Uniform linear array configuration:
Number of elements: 24
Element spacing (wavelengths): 0.25
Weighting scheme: hann
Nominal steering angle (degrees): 15
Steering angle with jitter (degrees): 15.306
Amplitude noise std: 0.05
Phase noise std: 0.05

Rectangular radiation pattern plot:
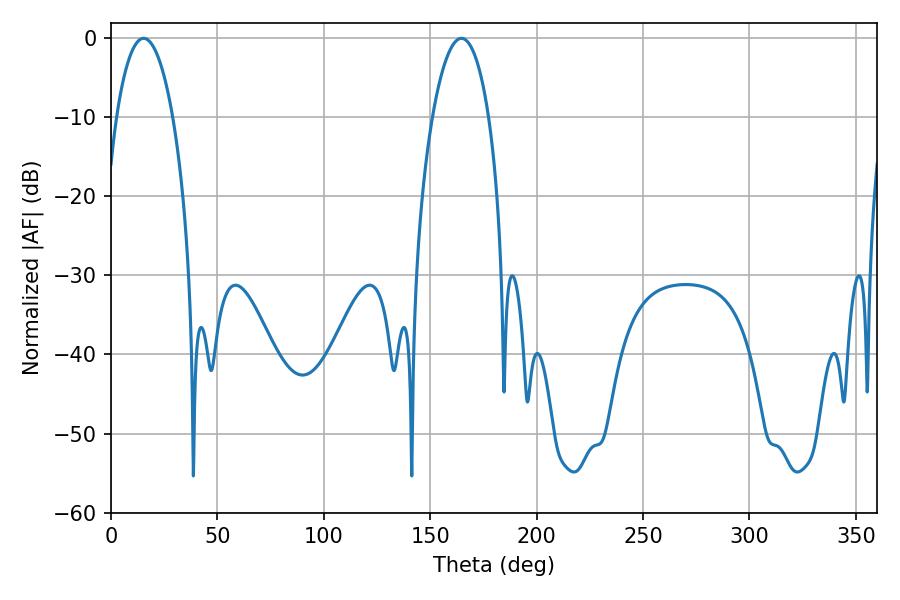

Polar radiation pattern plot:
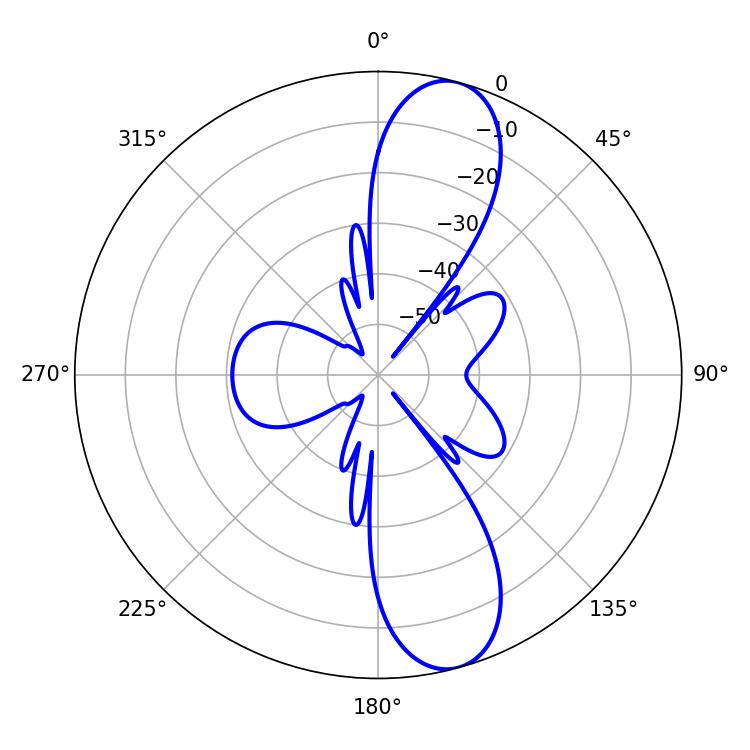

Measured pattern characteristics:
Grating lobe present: FALSE
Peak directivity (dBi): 11.355
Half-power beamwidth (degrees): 14.76
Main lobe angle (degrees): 15.3